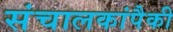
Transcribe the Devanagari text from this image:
संचालकांपैकी